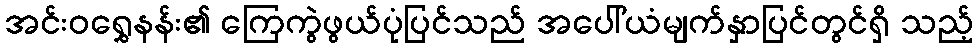
အင်းဝရွှေနန်း၏ ကြေကွဲဖွယ်ပုံပြင်သည် အပေါ်ယံမျက်နှာပြင်တွင်ရှိ သည့်